Juri_Uluots, lk 9
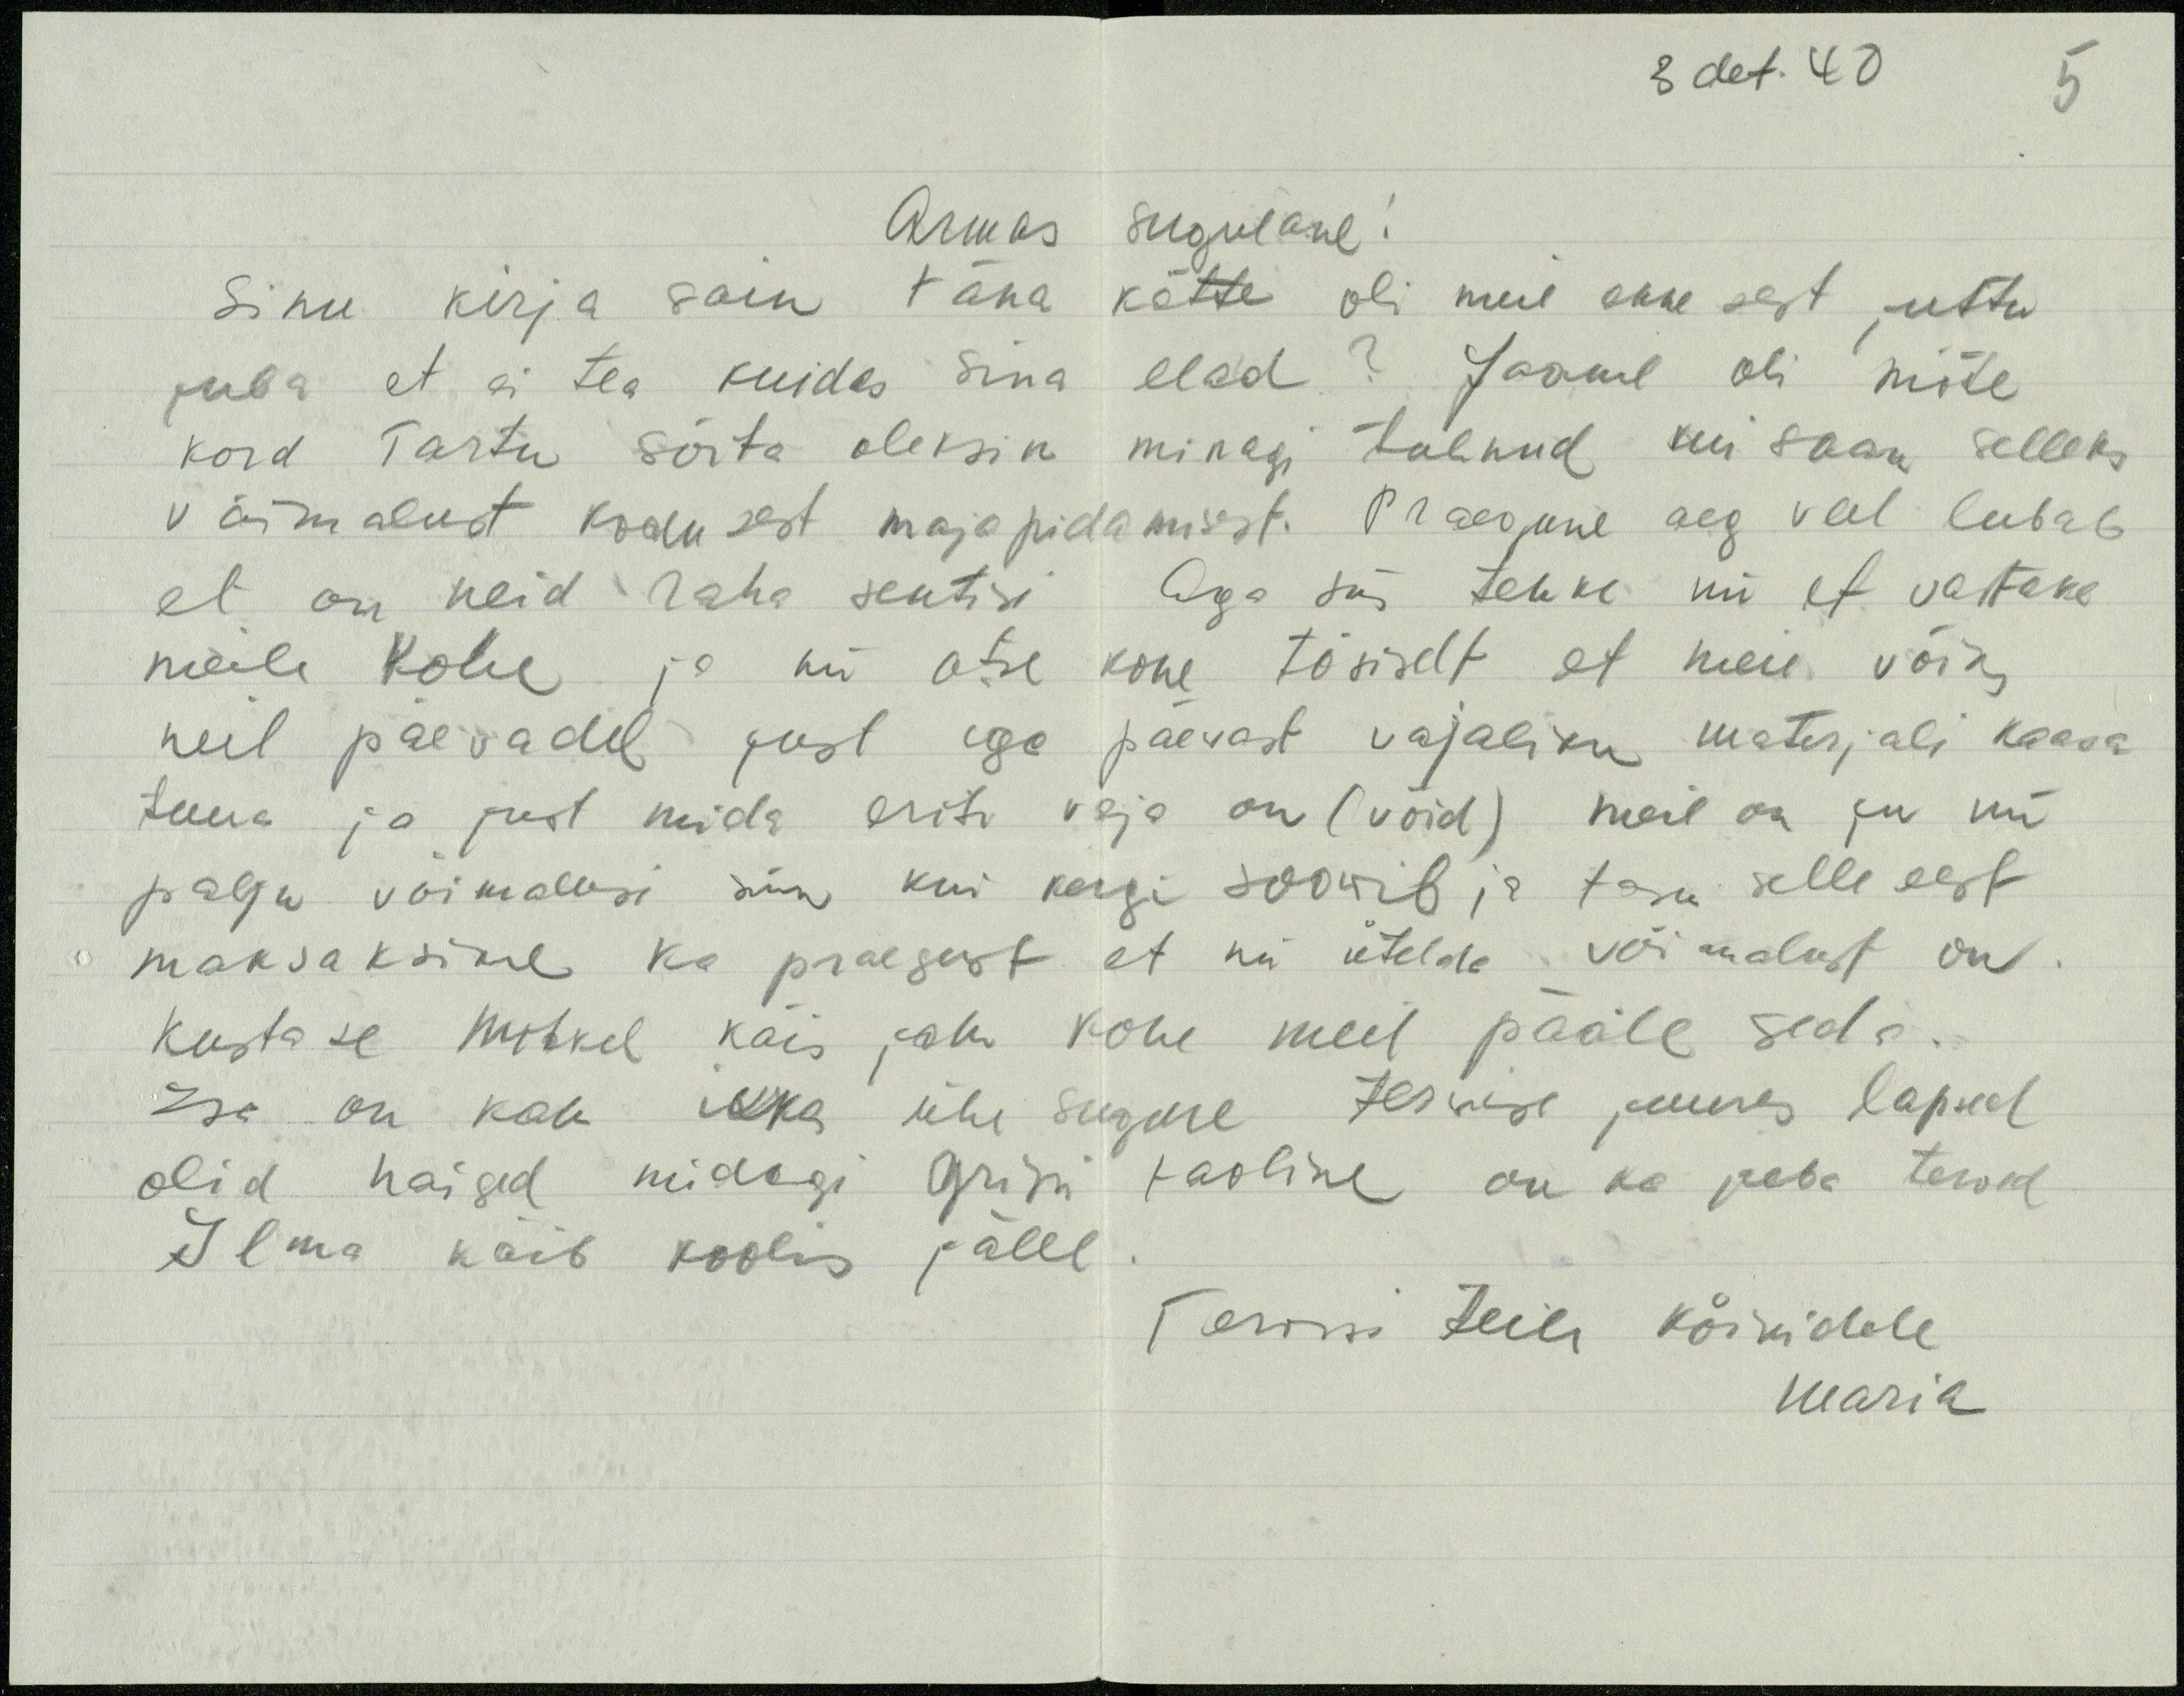
3. det. 40
5
Armas sugulane!
Sinu kirja sain täna kätte oli meil enne sest juttu
juba et ei tea kuidas Sina elad? Jaanil oli mõte
kord Tartu sõita oleksin minagi tulnud kui saan selleks
võimalust kodusest majapidamisest. Praegune aeg veel lubab
et on neid raha sentisi. Aga siis tehke nii et vastake
meile kohe ja nii otse kohe tõsiselt et meie võiks
neil päevadel just iga päevast vajaliku materjali kaasa
tuua ja just mida eriti vaja on (võid) meil on ju nii
palju võimalusi siin kui kesgi soowib ja tasu selle eest
maksaksime ka praegust et nii ütelda võimalust on.
Kustase Mihkel käis jala kohe meil pääle seda.
Ise on kah ikka ühe suguse terwise juures lapsed
olid haiged midagi gripi taoline on ka juba terved
Ilma käib koolis jälle
Tervist teile kõikidele
Maria